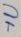
Text: +U